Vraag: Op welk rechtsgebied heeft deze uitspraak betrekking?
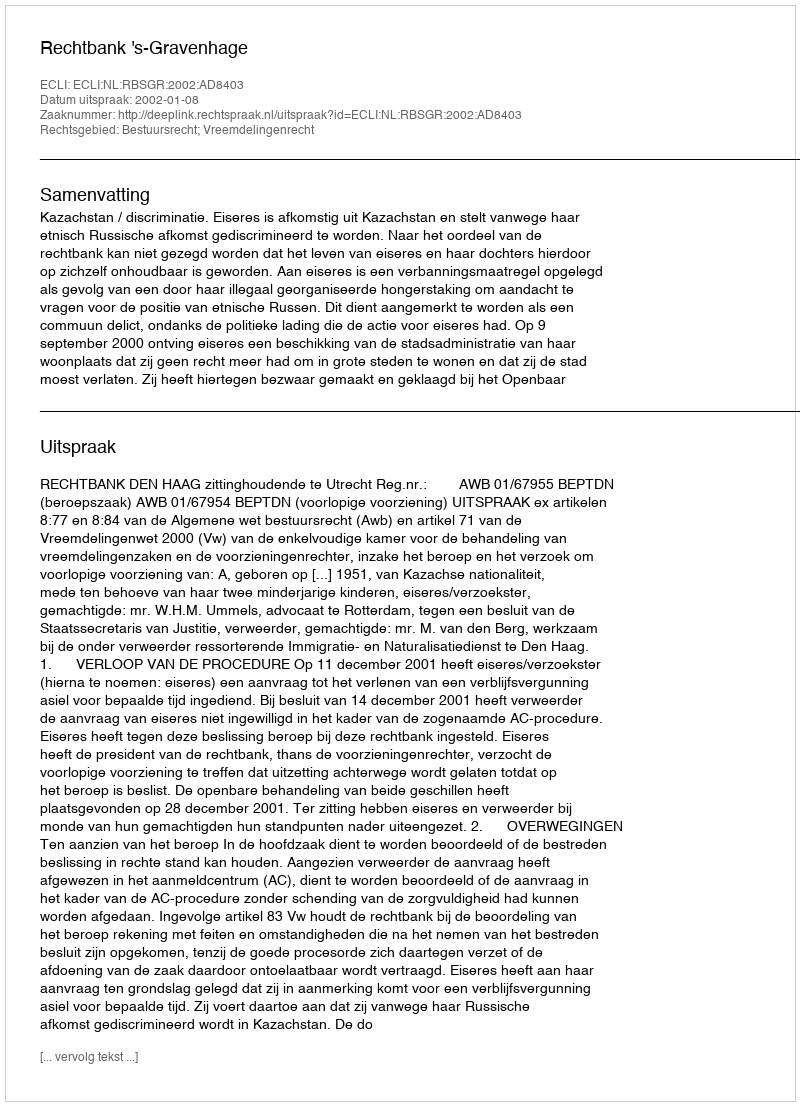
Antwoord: Bestuursrecht; Vreemdelingenrecht